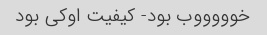
خوووووب بود- کیفیت اوکی بود